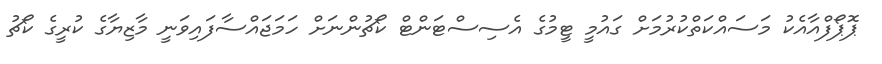
ޕޮޕޯފްއާއެކު މަސައްކަތްކުރުމަށް ގައުމީ ޓީމުގެ އެސިސްޓަންޓް ކޯޗުންނަށް ހަމަޖައްސާފައިވަނީ މާޒިޔާގެ ކުރީގެ ކޯޗު